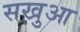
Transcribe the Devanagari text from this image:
सखुआ